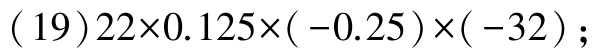
(19)\(22\times0.125\times(-0.25)\times(-32)\);